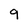
Character: 9